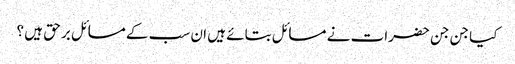
کیا جن جن حضرات نے مسائل بتائے ہیں ان سب کے مسائل بر حق ہیں ؟